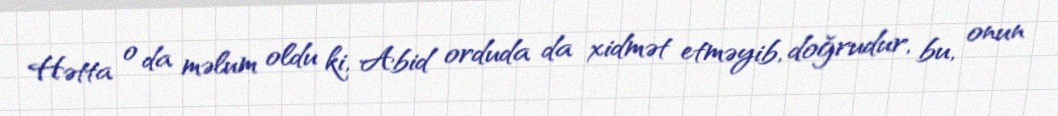
Hətta o da məlum oldu ki, Abid orduda da xidmət etməyib, doğrudur, bu, onun